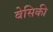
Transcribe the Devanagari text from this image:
वेसिकी